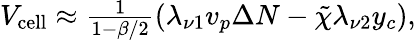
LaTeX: \begin{array}{r}{V_{\mathrm{cell}}\approx\frac{1}{1-\beta/2}(\lambda_{\nu 1}v_{p}\Delta N-\tilde{\chi}\lambda_{\nu 2}y_{c}),}\end{array}